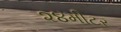
૨૪મીટર